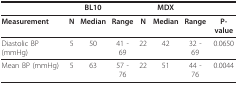
<table><thead><tr><td></td><td></td><td><b>BL10</b></td><td></td><td></td><td><b>MDX</b></td><td></td><td></td></tr></thead><tbody><tr><td><b>Measurement</b></td><td><b>N</b></td><td><b>Median</b></td><td><b>Range</b></td><td><b>N</b></td><td><b>Median</b></td><td><b>Range</b></td><td><b>P-value</b></td></tr><tr><td>Diastolic BP (mmHg)</td><td>5</td><td>50</td><td>41 - 69</td><td>22</td><td>42</td><td>32 - 69</td><td>0.0650</td></tr><tr><td>Mean BP (mmHg)</td><td>5</td><td>63</td><td>57 - 76</td><td>22</td><td>51</td><td>44 - 76</td><td>0.0044</td></tr></tbody></table>